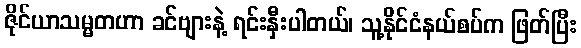
ဇိုင်ယာသမ္မတဟာ ခင်ဗျားနဲ့ ရင်းနှီးပါတယ်၊ သူ့နိုင်ငံနယ်စပ်က ဖြတ်ပြီး